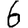
Digit: 6